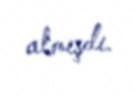
almışdı.